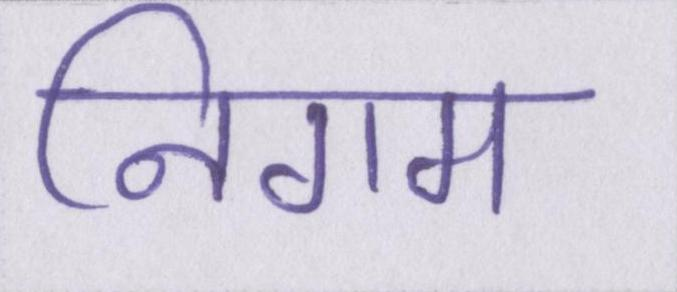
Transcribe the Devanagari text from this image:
निगम